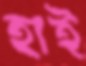
হাই